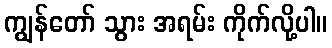
ကျွန်တော် သွား အရမ်း ကိုက်လို့ပါ။